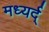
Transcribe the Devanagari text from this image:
मध्यर्द्